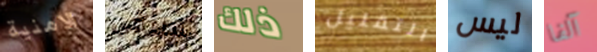
الامنية سنبقي ذلك التقليل ليس آلفا